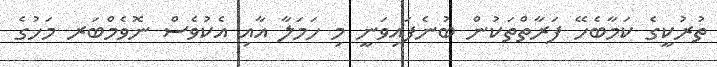
ތުރުކީގެ ކަމާބެހޭ ފަރާތްތަކުން ބުނެފައިވަނީ މި ހަމަލާ އާއި އެކުވެސް ނޮވެމްބަރ މަހުގެ